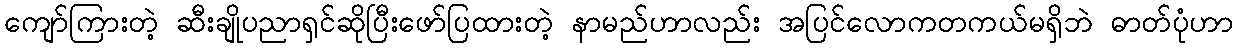
ကျော်ကြားတဲ့ ဆီးချိုပညာရှင်ဆိုပြီးဖော်ပြထားတဲ့ နာမည်ဟာလည်း အပြင်လောကတကယ်မရှိဘဲ ဓာတ်ပုံဟာ